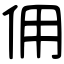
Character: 佣